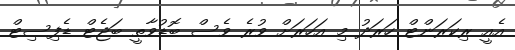
އެއީ ރިކަރަންޓް ހަރަދު މި އަހަރަށް ވުރެ ވެސް ބޮޑުވާތީ ބަޖެޓް ޑެފިސިޓް